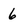
Character: 6